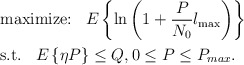
\begin{align*}{}&{}\textrm{maximize:}\;\;\;E\left\{ \ln \left(1 + \frac{P}{N_0} l_{\max}\right )\right\} \\&\textrm{s.t.}\;\;\; E\left\{\eta P\right\} \leq Q, 0 \leq P \leq P_{max}.\end{align*}